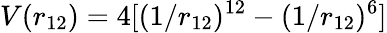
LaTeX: V(r_{12})=4[(1/r_{12})^{12}-(1/r_{12})^{6}]